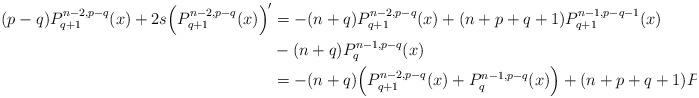
LaTeX: \begin{align*}(p-q)P_{q+1}^{n-2,p-q}(x)+2s\Big(P_{q+1}^{n-2,p-q}(x)\Big)'&=-(n+q)P_{q+1}^{n-2,p-q}(x)+(n+p+q+1)P_{q+1}^{n-1,p-q-1}(x)\\&-(n+q)P_{q}^{n-1,p-q}(x)\\&=-(n+q)\Big(P_{q+1}^{n-2,p-q}(x)+P_{q}^{n-1,p-q}(x)\Big)+(n+p+q+1)P_{q+1}^{n-1,p-q-1}(x).\end{align*}